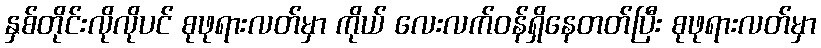
နှစ်တိုင်းလိုလိုပင် စုဖုရားလတ်မှာ ကိုယ် လေးလက်ဝန်ရှိနေတတ်ပြီး စုဖုရားလတ်မှာ